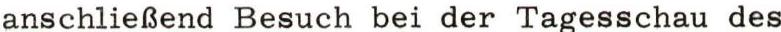
anschließend Besuch bei der Tagesschau des